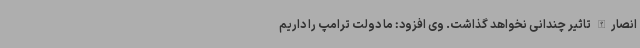
انصارالله تاثیر چندانی نخواهد گذاشت. وی افزود: ما دولت ترامپ را داریم